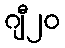
ဂျီ၂၀